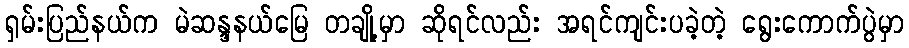
ရှမ်းပြည်နယ်က မဲဆန္ဒနယ်မြေ တချို့မှာ ဆိုရင်လည်း အရင်ကျင်းပခဲ့တဲ့ ရွေးကောက်ပွဲမှာ